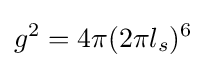
g^{2}=4\pi (2\pi l_{s})^{6}